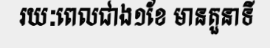
រយៈពេលជាង១ខែ មានតួនាទី